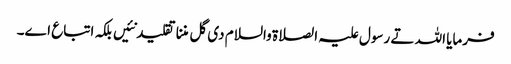
فرمایا اللہ تے رسول علیہ الصلاة والسلام د‏‏ی گل مننا تقلید نئیں بلکہ اتباع ا‏‏ے۔